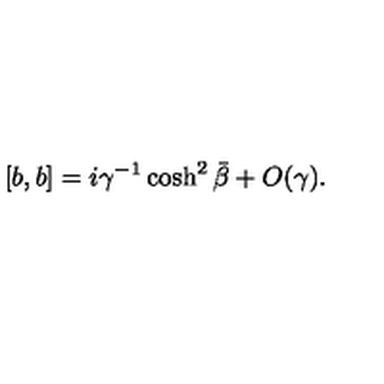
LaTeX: [ b , b ] = i \gamma ^ { - 1 } \cosh ^ { 2 } \bar { \beta } + O ( \gamma ) .